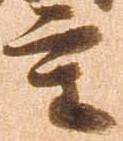
重